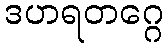
ဒဟရတဂ္ဂေ